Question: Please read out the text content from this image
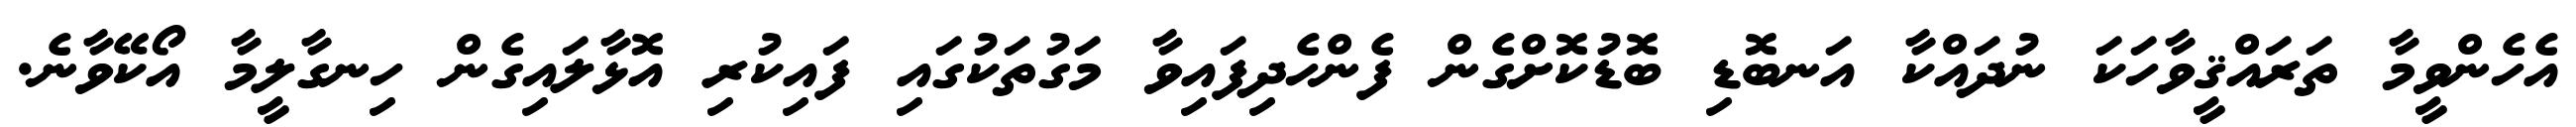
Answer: އެހެންވީމާ ތަރައްޤީވާހަކަ ނުދައްކާ އަނބޮޑި ބޮޑުކޮށްގެން ފެންހެދިފައިވާ މަގުތަކުގައި ފައިކުރި އޮޅާލައިގެން ހިނގާލީމާ އޯކޭވާނެ.